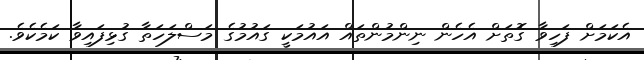
އެކަމަށް ފަހިވާ ގޮތަށް އެހެން ނިންމުންތައް އައުމަކީ ގައުމުގެ މަސްލަހަތާ ގުޅިފައިވާ ކަމެކެވެ.